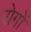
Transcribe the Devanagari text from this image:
रोगाें